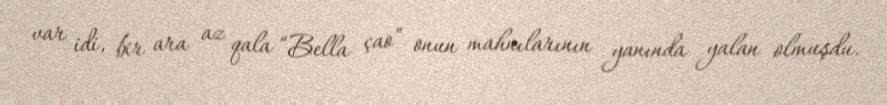
var idi, bir ara az qala “Bella çao” onun mahnılarının yanında yalan olmuşdu.